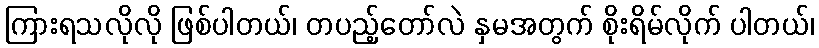
ကြားရသလိုလို ဖြစ်ပါတယ်၊ တပည့်တော်လဲ နှမအတွက် စိုးရိမ်လိုက် ပါတယ်၊